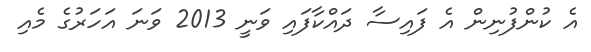
އެ ކުންފުނިން އެ ފައިސާ ދައްކާފައި ވަނީ 2013 ވަނަ އަހަރުގެ މެއި